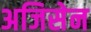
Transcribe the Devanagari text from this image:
अजिसेन